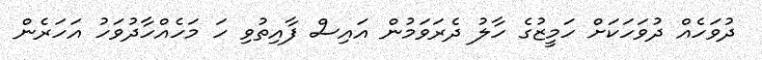
ދުވަހެއް ދުވަހަކަށް ހަމީޒުގެ ހާލު ދެރަވަމުން އައިސް ފާއިތުވި ހަ މަހެއްހާދުވަހު އަހަރެން